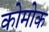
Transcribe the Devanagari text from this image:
कोमोक